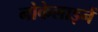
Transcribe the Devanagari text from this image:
नोकेलाइनें